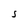
Character: S